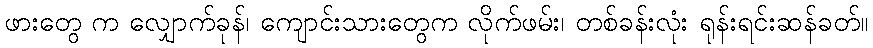
ဖားတွေ က လျှောက်ခုန်၊ ကျောင်းသားတွေက လိုက်ဖမ်း၊ တစ်ခန်းလုံး ရုန်းရင်းဆန်ခတ်။